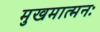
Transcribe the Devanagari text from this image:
मुखमात्मनः